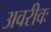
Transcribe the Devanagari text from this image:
अवरीवः